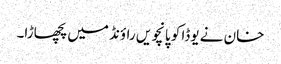
خان نے یوڈا کو پانچویں راؤنڈ میں پچھاڑا۔